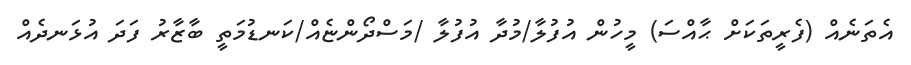
އެތަނެއް (ފެރީތަކަށް ޙާއްސަ) މީހުން އުފުލާ/މުދާ އުފުލާ /މަސްދޯންޏެއް/ކަނޑުމަތީ ބާޒާރު ފަދަ އުޅަނދެއް